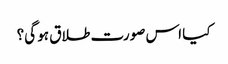
کیا اس صورت طلاق ہو گی؟